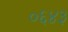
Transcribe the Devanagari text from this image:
०६४३